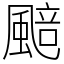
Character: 䬏